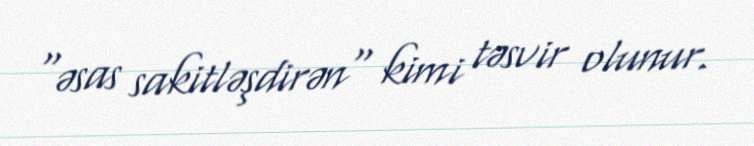
"əsas sakitləşdirən" kimi təsvir olunur.